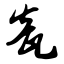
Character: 瓮